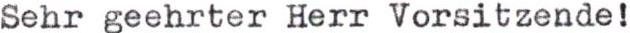
Sehr geehrter Herr Vorsitzende!